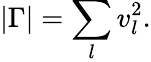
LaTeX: |\Gamma|=\sum_{l}v_{l}^{2}.